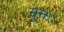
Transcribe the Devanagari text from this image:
सूक्तः